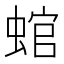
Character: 䗆